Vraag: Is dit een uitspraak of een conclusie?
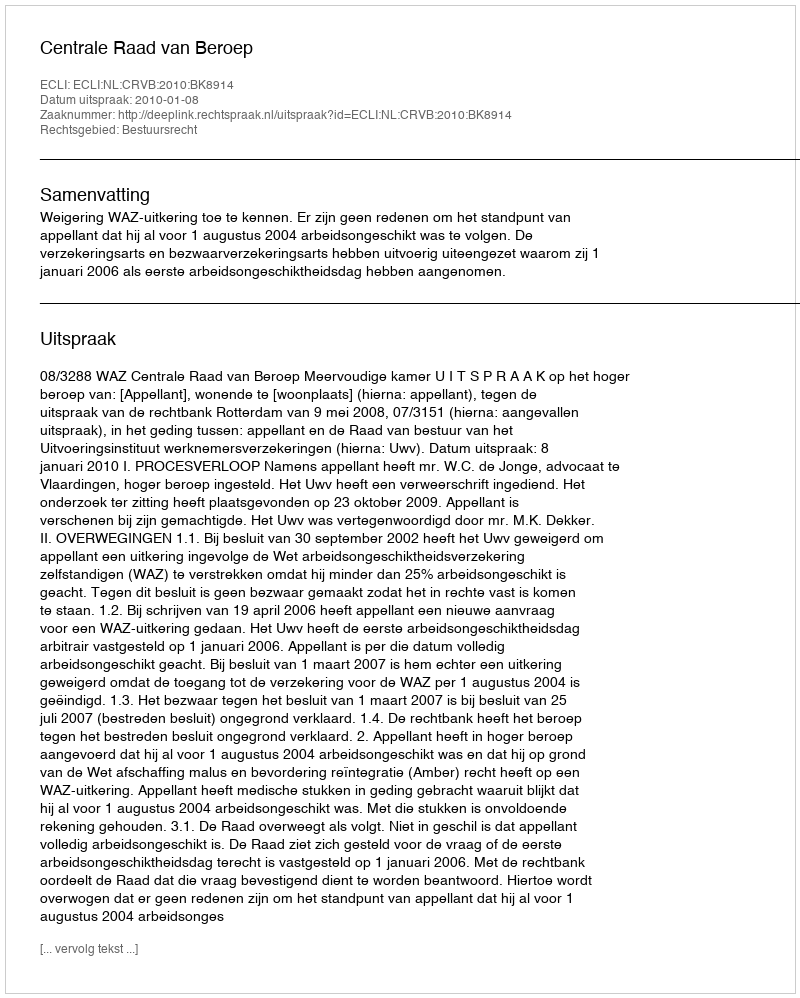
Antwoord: Uitspraak